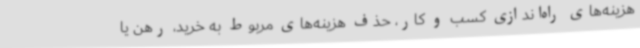
هزینه‌های راه‌اندازی کسب و کار، حذف هزینه‌های مربوط به خرید، رهن یا